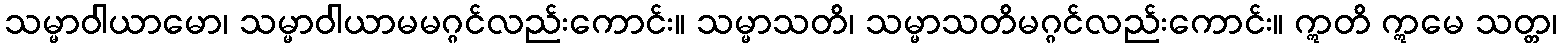
သမ္မာဝါယာမော၊ သမ္မာဝါယာမမဂ္ဂင်လည်းကောင်း။ သမ္မာသတိ၊ သမ္မာသတိမဂ္ဂင်လည်းကောင်း။ ဣတိ ဣမေ သတ္တ၊